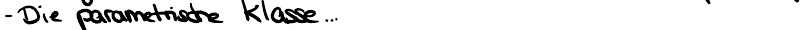
- Die parametrische Klasse ...